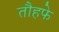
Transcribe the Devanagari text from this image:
तौहफे